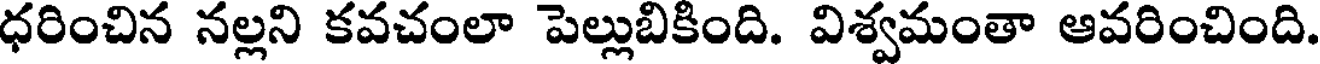
ధరించిన నల్లని కవచంలా పెల్లుబికింది. విశ్వమంతా ఆవరించింది.